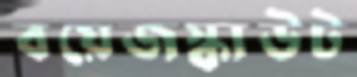
বয়েজস্কাউট